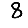
Digit: 8